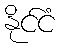
နိုင်ငံ